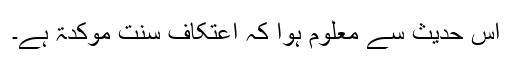
اس حدیث سے معلوم ہوا کہ اعتکاف سنت موکدۃ ہے۔